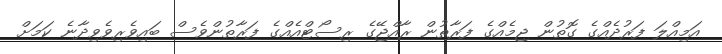
އަމިއްލަ ފަރުދެއްގެ ގޮތުން ޖިމެއްގެ ފަރާތުން ރާއްޖޭގެ ރިސޯޓްއެއްގެ ފަރާތުންވެސް ބައިވެރިވެވިދާނެ ކަމަށް